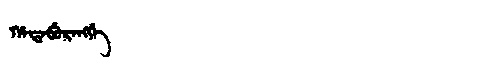
Manchu: ᡥᠠᡨᠠᠪᡠᡵᠠᠩᡤᡝ
Romanization: HATABURANGGE